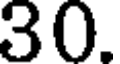
30.